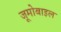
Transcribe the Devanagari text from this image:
जूमोबाइल